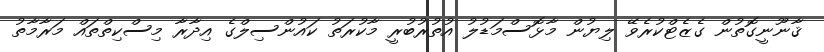
ޤާނޫނީގޮތުން ގެޒެޓްކުރެވޭ ލިޔުން މާޅޮސްމަޑުލު އުތުރުބުރީ މާކުރަތު ކައުންސިލްގެ އިދާރާ މިސްކިތްތައް މަރާމާތު